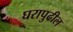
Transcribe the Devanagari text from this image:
घरापुढील